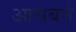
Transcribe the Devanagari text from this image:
आसबर्न